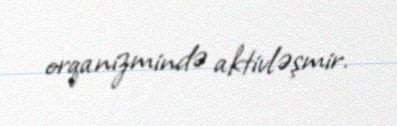
orqanizmində aktivləşmir.